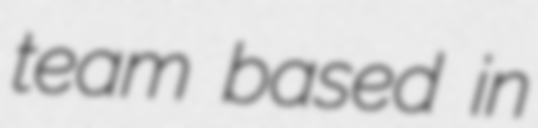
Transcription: team based in